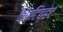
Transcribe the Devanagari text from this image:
कॅप्टिव्हेट